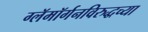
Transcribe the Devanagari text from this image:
ग्लॅमॉर्गनविरुद्धच्या